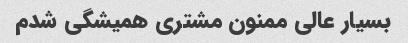
بسیار عالی ممنون مشتری همیشگی شدم